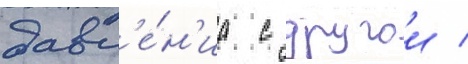
давл'е́н'иа с другои /